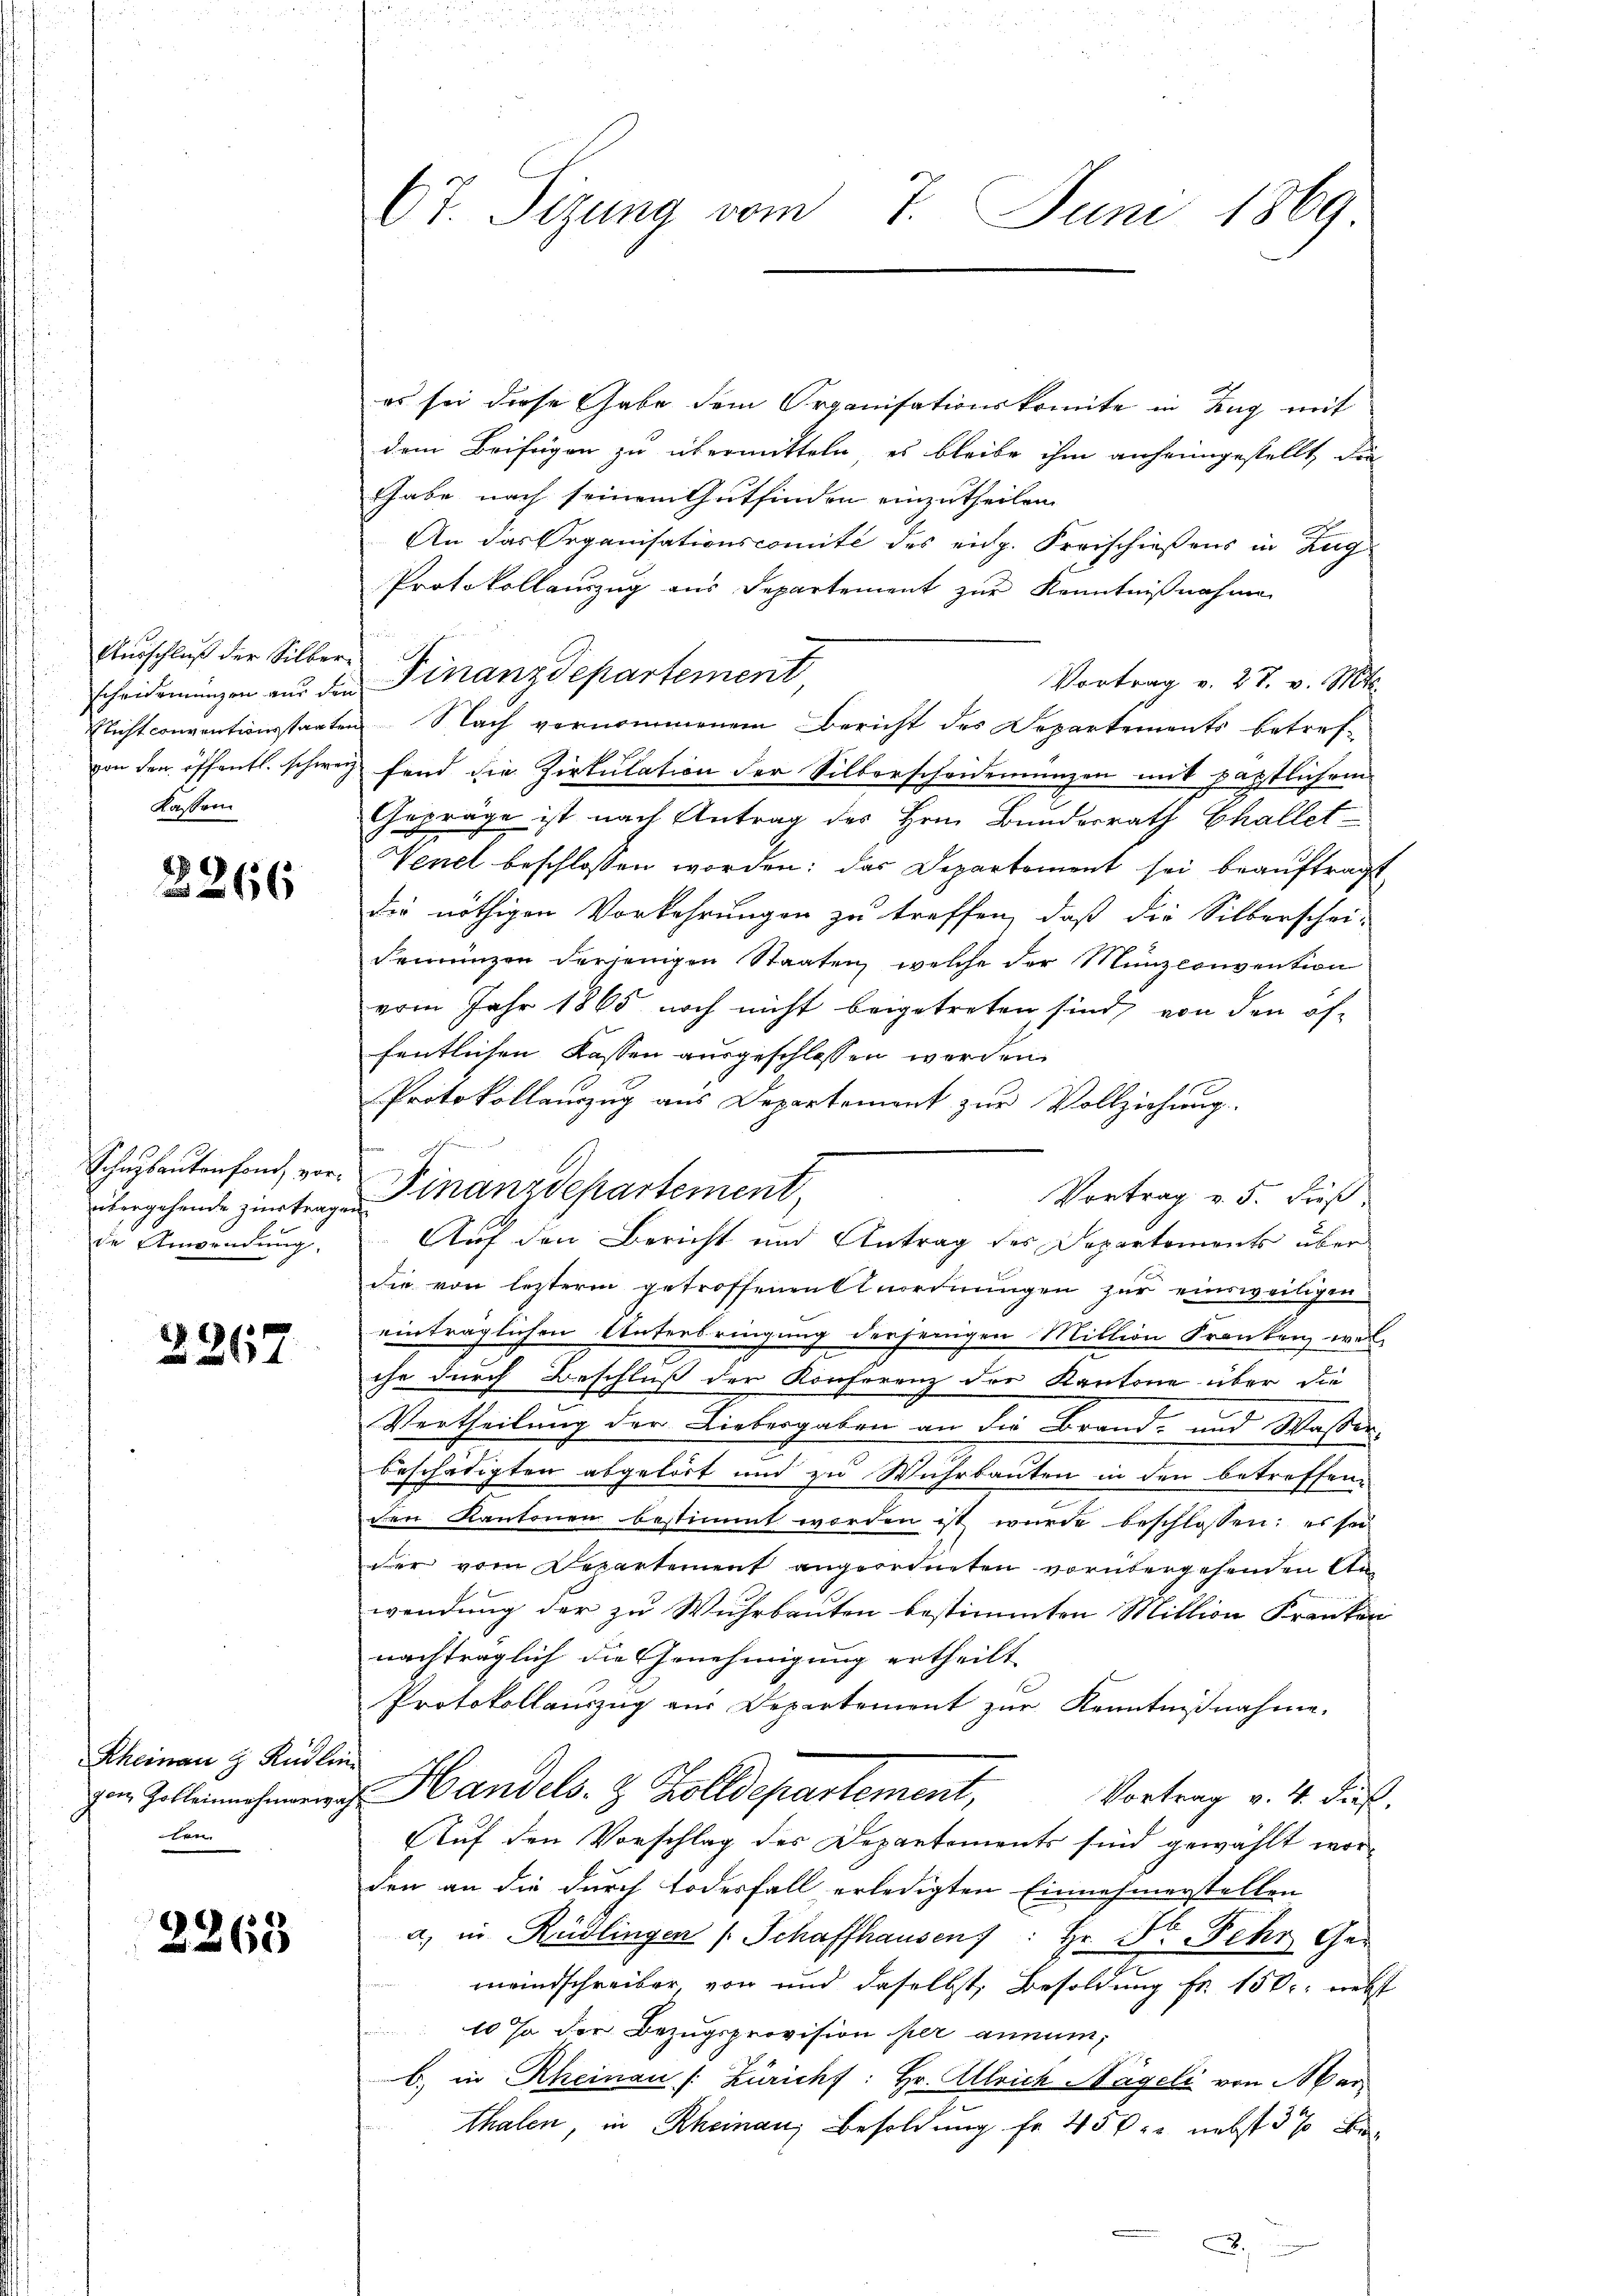
Ausschluß der Silber
Kassen

2266

Schulautenfond vorübergehende zinstragen
de Anwendung,

2267

Rheinau & Rüdlin
gen, Hofleinnehmerwahe

2263

67. Sitzung vom

s.

es sei diese Gabe dem Organisationskomite in Zug mit
dem Beifügen zu übermitteln, es bleibe ihm anheimgestellt, die
Gabe nach seinem Gutfinden einzutheilen.
An das Organisationscomité des eidg. Freischießens in Zug
Protokollauszug aus Departement zur Kenntnißnahme
Vortrag v. 27. v. Mts.
scheiderungen zu der Finanzdepartement
Nichtconventionsstaaten Nach vernommenem Bericht des Departements betrefvon den öffentl. schweiz fand die Zirkulation der Silberscheidenungen mit päpstlichem
Gepräge ist nach Antrag des Hrn. Bundesrath Challet¬
Venel beschlossen worden; das Departement sei beauftragt
die nöthigen Vorkehrungen zu treffen, daß die Silberschei-
Femünzen derjenigen Staaten, welche der Münzconvention
vom Jahr 1865 noch nicht beigetreten sind, von den of-
fentlichen Kassen ausgeschlossen werden.
Protokollauszug aus Departemont zur Vollziehung.
s
Finanzdepartement,
Vortrag v. 5. dieß
Auf den Bericht und Antrag des Departements über
die von letzterm getroffenen Anordnungen zur einsweiligen
einträglichen Unterbringung derjenigen Million Franken, wel-
che durch Beschluß der Konferenz der Kantone über die
Vertheilung der Liebesgaben an die Brand- und Wasser-
beschätigten abgelöst und zu Wuhrbauten in den betreffend
den Kantonen bestimmt worden ist wurde beschlossen: es sei
der vom Departement angeordneten vorübergehenden An¬

wendung der zu Wuhrbauten bestimmten Million Franken
nachträglich die Genehmigung ertheilt
Protokollauszug aus Departement zŭr Kenntnißnahme.
Handels- & Zolldepartement,
Vortrag v. 4. dieß.
Auf den Vorschlag des Departements sind gewählt worden an die durch Todesfall erledigten Einnahmerstellen
a, in Rüdlingen (Schaffhausen): Hr. Dr Fehr Ger
meindschreiber, von und daselbst Besoldung fr. 150. nebs
10 % der Bezugsprovision per annumb) in Rheinau (: Züricht: Hr. Alleich Nägeli von Mar
thalen, in Rheinau, Besoldung fr. 45 x 2 nebst 3% Be¬

Juni 1869

J